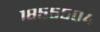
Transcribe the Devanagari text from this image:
१८५५५०४